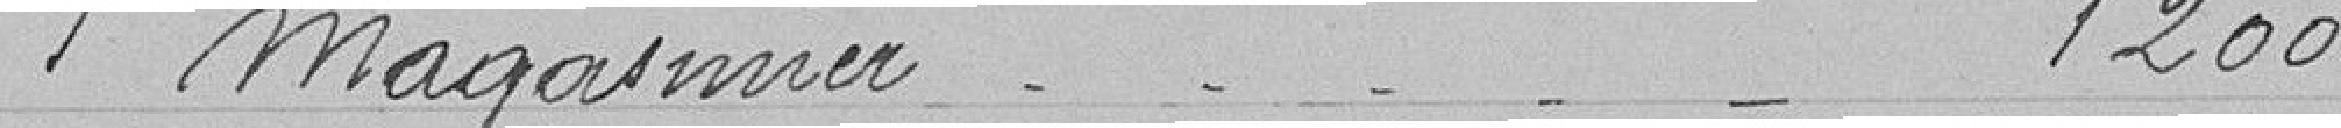
1 magasinier 1 200